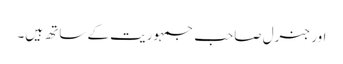
اور جنرل صاحب جمہوریت کے ساتھ ہیں۔